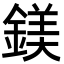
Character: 鎂